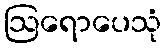
ဩရောပေသုံ